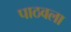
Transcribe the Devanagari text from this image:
पाठवला